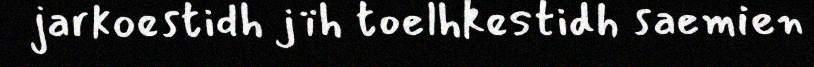
jarkoestidh jïh toelhkestidh saemien